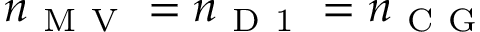
n _ { \mathrm { ~ M ~ V ~ } } = n _ { \mathrm { ~ D ~ 1 ~ } } = n _ { \mathrm { ~ C ~ G ~ } }